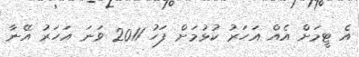
އެ ޓީމަށް އެއް އަހަރު ކުޅުމަށް ފަހު 2011 ވަނަ އަހަރު އޭނާ